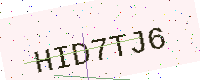
Text: HID7TJ6